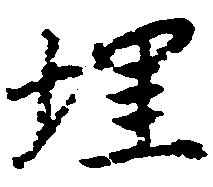
埋